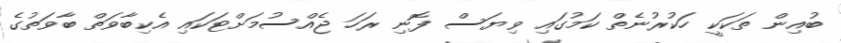
ބުއިން ތަކަކީ ހަކުރުނެތް ކަމުގައި ވިޔަސް ފޮނި ރަހަ ޖެއްސުމަށްޓަކައި އެކިބާވަތް ބާވަތުގެ